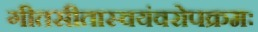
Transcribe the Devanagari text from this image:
गीतसीतास्वयंवरोपक्रमः